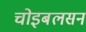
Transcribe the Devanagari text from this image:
चोइबलसन